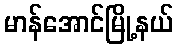
မာန်အောင်မြို့နယ်